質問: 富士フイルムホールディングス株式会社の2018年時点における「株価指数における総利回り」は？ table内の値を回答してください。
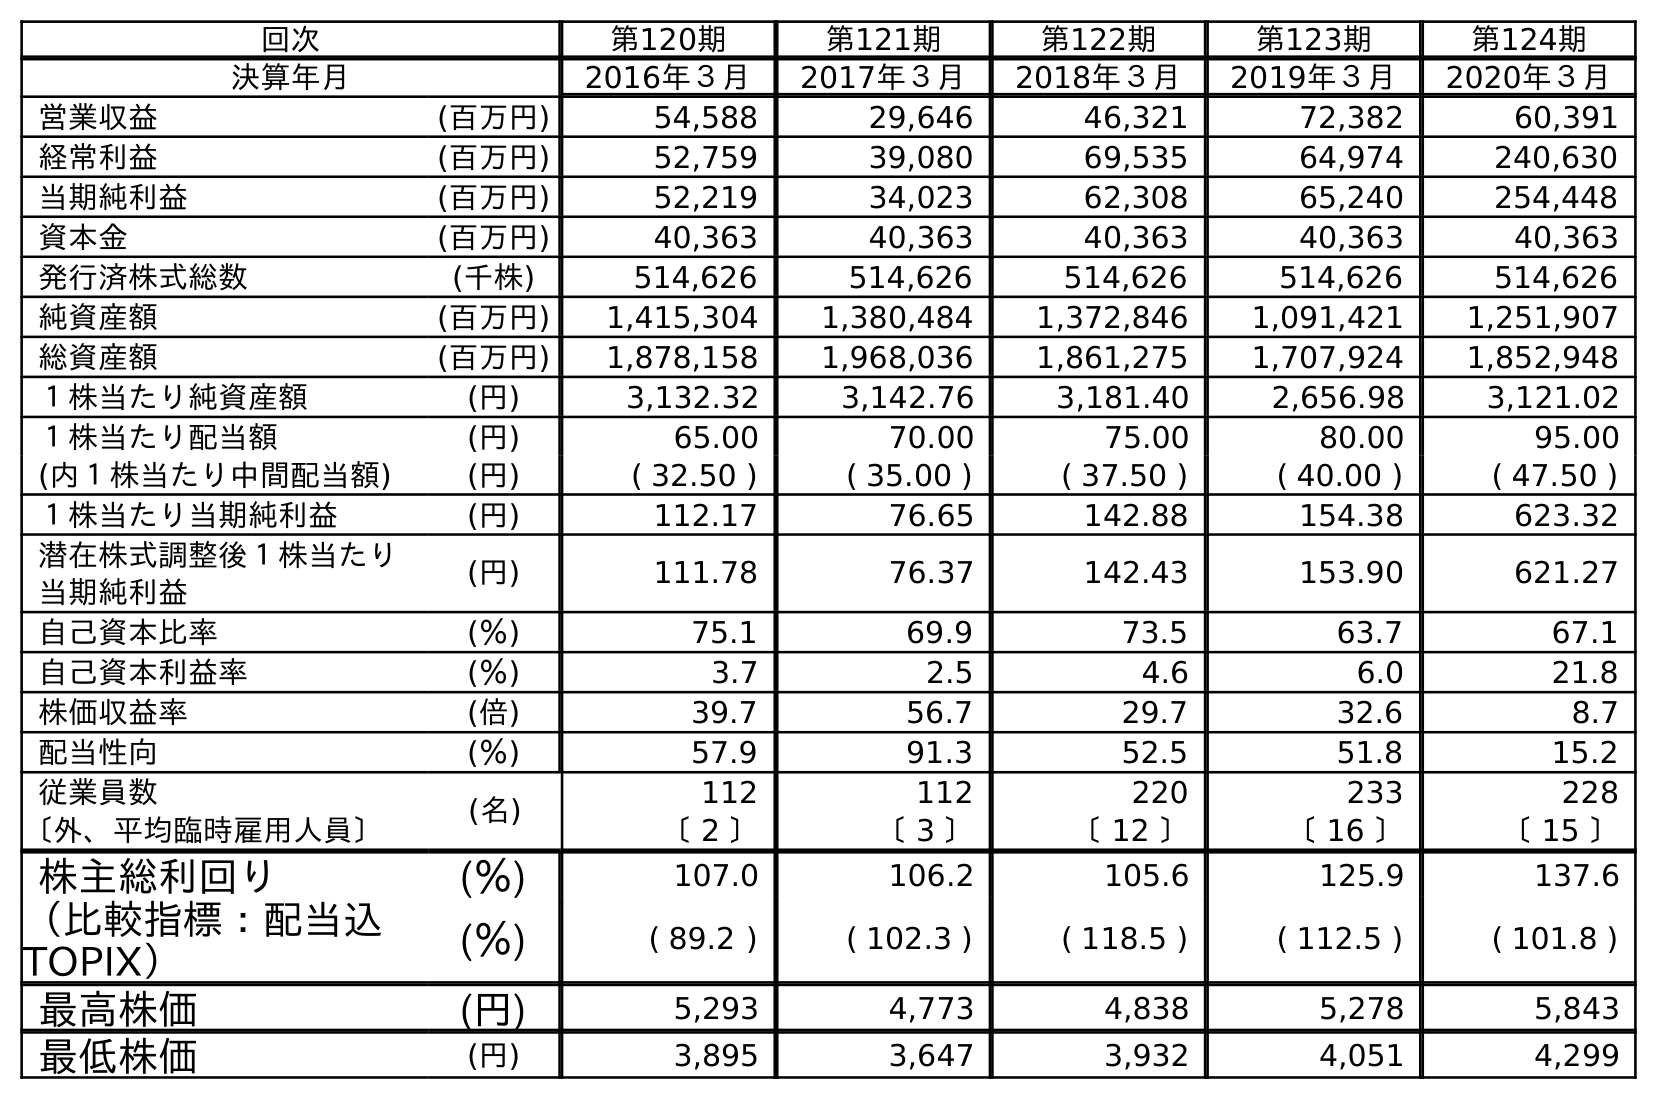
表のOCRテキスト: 回次 第120期 第121期 第122期 第123期 第124期 決算年月 2016年３月 2017年３月 2018年３月 2019年３月 2020年３月 営業収益 (百万円) 54,588 29,646 46,321 72,382 60,391 経常利益 (百万円) 52,759 39,080 69,535 64,974 240,630 当期純利益 (百万円) 52,219 34,023 62,308 65,240 254,448 資本金 (百万円) 40,363 40,363 40,363 40,363 40,363 発行済株式総数 (千株) 514,626 514,626 514,626 514,626 514,626 純資産額 (百万円) 1,415,304 1,380,484 1,372,846 1,091,421 1,251,907 総資産額 (百万円) 1,878,158 1,968,036 1,861,275 1,707,924 1,852,948 １株当たり純資産額 (円) 3,132.32 3,142.76 3,181.40 2,656.98 3,121.02 １株当たり配当額 (円) 65.00 70.00 75.00 80.00 95.00 (内１株当たり中間配当額) (円) ( 32.50 ) ( 35.00 ) ( 37.50 ) ( 40.00 ) ( 47.50 ) １株当たり当期純利益 (円) 112.17 76.65 142.88 154.38 623.32 潜在株式調整後１株当たり 当期純利益 (円) 111.78 76.37 142.43 153.90 621.27 自己資本比率 (％) 75.1 69.9 73.5 63.7 67.1 自己資本利益率 (％) 3.7 2.5 4.6 6.0 21.8 株価収益率 (倍) 39.7 56.7 29.7 32.6 8.7 配当性向 (％) 57.9 91.3 52.5 51.8 15.2 従業員数 (名) 112 112 220 233 228 〔外、平均臨時雇用人員〕 〔 2 〕 〔 3 〕 〔 12 〕 〔 16 〕 〔 15 〕 株主総利回り (％) 107.0 106.2 105.6 125.9 137.6 （比較指標：配当込 TOPIX） (％) ( 89.2 ) ( 102.3 ) ( 118.5 ) ( 112.5 ) ( 101.8 ) 最高株価 (円) 5,293 4,773 4,838 5,278 5,843 最低株価 (円) 3,895 3,647 3,932 4,051 4,299
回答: (118.5)